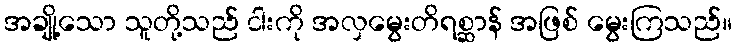
အချို့သော သူတို့သည် ငါးကို အလှမွေးတိရစ္ဆာန် အဖြစ် မွေးကြသည်။